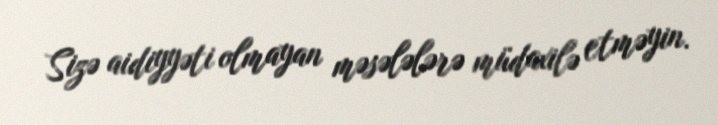
Sizə aidiyyəti olmayan məsələlərə müdaxilə etməyin.